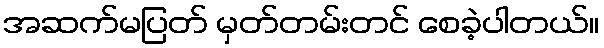
အဆက်မပြတ် မှတ်တမ်းတင် စေခဲ့ပါတယ်။